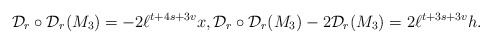
\begin{align*}\mathcal{D}_r \circ \mathcal{D}_r(M_3)=-2 \ell^{t+4s+3v} x, \mathcal{D}_r \circ \mathcal{D}_r(M_3)-2\mathcal{D}_r(M_3)=2 \ell^{t+3s+3v}h.\end{align*}